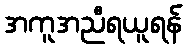
အကူအညီရယူရန်